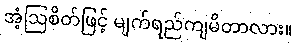
အံ့ဩစိတ်ဖြင့် မျက်ရည်ကျမိတာလား။